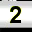
Digit: 2